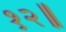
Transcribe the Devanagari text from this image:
१२॥